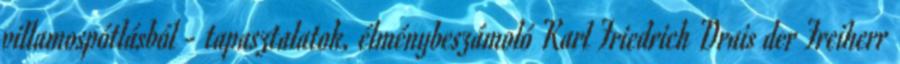
villamospótlásból - tapasztalatok, élménybeszámoló Karl Friedrich Drais der Freiherr